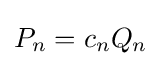
{\textstyle P_{n}=c_{n}Q_{n}}